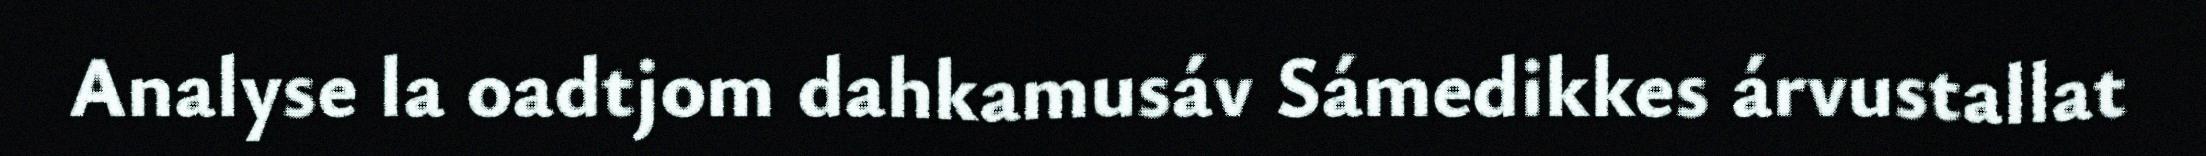
Analyse la oadtjom dahkamusáv Sámedikkes árvustallat